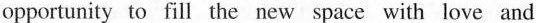
opportunity to fill the new space with love and